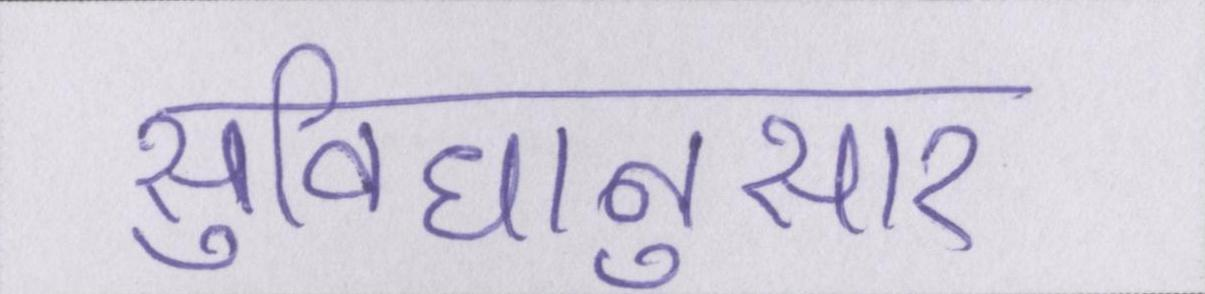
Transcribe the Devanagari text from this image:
सुविधानुसार